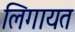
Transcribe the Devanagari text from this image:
लिगायत